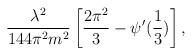
LaTeX: \begin{align*}\frac{\lambda^2}{144 \pi^2 m^2} \left[ \frac{2 \pi^2}{3} - \psi'(\frac{1}{3}) \right],\end{align*}